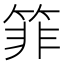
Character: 𰪂